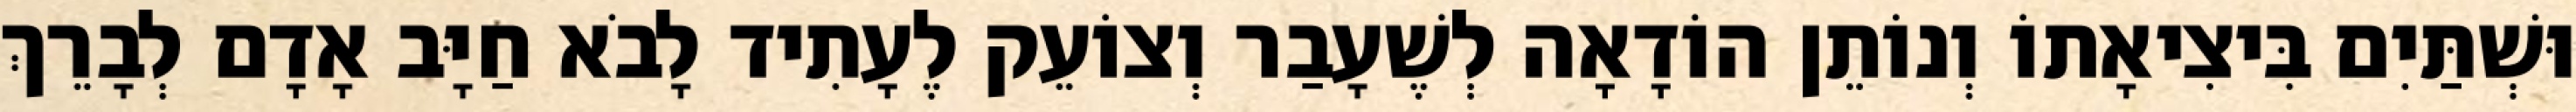
וּשְׁתַּיִם בִּיצִיאָתוֹ וְנוֹתֵן הוֹדָאָה לְשֶׁעָבַר וְצוֹעֵק לֶעָתִיד לָבֹא חַיָּב אָדָם לְבָרֵךְ